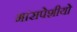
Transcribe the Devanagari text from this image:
मांसपेशीयो